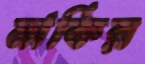
মার্কির